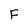
Character: F